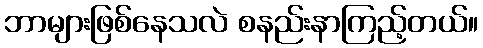
ဘာများဖြစ်နေသလဲ စနည်းနာကြည့်တယ်။